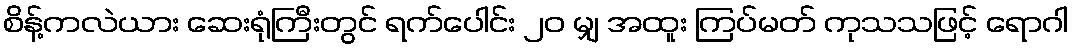
စိန့်ကလဲယား ဆေးရုံကြီးတွင် ရက်ပေါင်း ၂၀ မျှ အထူး ကြပ်မတ် ကုသသဖြင့် ရောဂါ